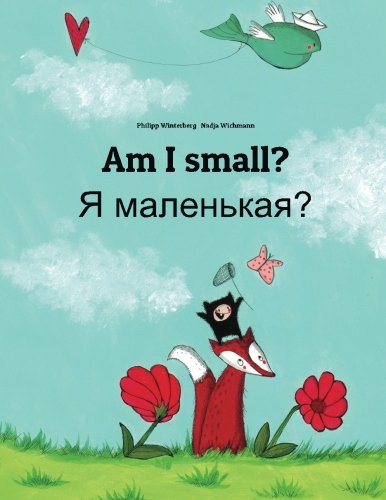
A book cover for Am I small? Ya malen'kaya?: Children's Picture Book English-Russian (Bilingual Edition); Philipp Winterberg; Children's Books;